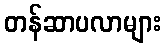
တန်ဆာပလာများ